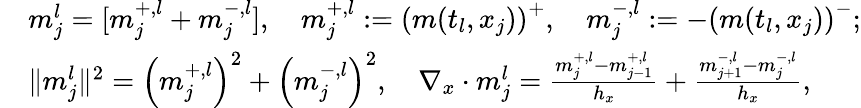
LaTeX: \begin{array}{rl}&{m_{j}^{l}=[m_{j}^{+,l}+m_{j}^{-,l}],\quad m_{j}^{+,l}:=\left(m(t_{l},x_{j})\right)^{+},\quad m_{j}^{-,l}:=-\left(m(t_{l},x_{j})\right)^{-};}\\ &{\| m_{j}^{l}\| ^{2}=\left(m_{j}^{+,l}\right)^{2}+\left(m_{j}^{-,l}\right)^{2},\quad\nabla_{x}\cdot m_{j}^{l}=\frac{m_{j}^{+,l}-m_{j-1}^{+,l}}{h_{x}}+\frac{m_{j+1}^{-,l}-m_{j}^{-,l}}{h_{x}},}\end{array}